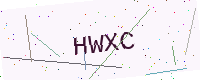
Text: HWXC